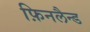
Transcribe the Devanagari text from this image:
फ़िनलैन्ड